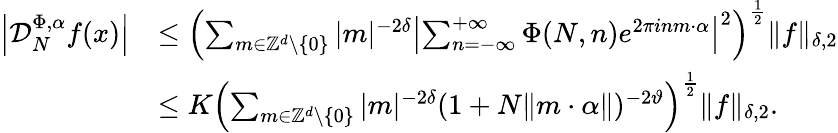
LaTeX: \begin{array}{rl}{\left|\mathcal D_{N}^{\Phi,\alpha}f(x)\right|}&{\leq\left(\sum_{m\in\mathbb{Z}^{d}\setminus\{ 0\} }\vert m\vert^{-2\delta}\left\vert\sum_{n=-\infty}^{+\infty}\Phi(N,n)e^{2\pi inm\cdot\alpha}\right\vert^{2}\right)^{\frac{1}{2}}\| f\| _{\delta,2}}\\ &{\leq K\left(\sum_{m\in\mathbb{Z}^{d}\setminus\{ 0\} }\vert m\vert^{-2\delta}(1+N\Vert m\cdot\alpha\Vert)^{-2\vartheta}\right)^{\frac{1}{2}}\| f\| _{\delta,2}.}\end{array}